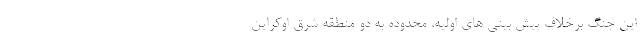
این جنگ برخلاف پیش بینی های اولیه، محدوده به دو منطقه شرق اوکراین